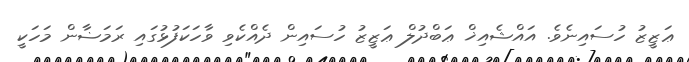
ޢަޒީޒު ހުސައިނެވެ. އައްޝެއިޚް ޢަބްދުލް ޢަޒީޒު ހުސައިން ދެއްކެވި ވާހަކަފުޅުގައި ރަމަޟާން މަހަކީ